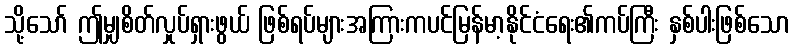
သို့သော် ဤမျှစိတ်လှုပ်ရှားဖွယ် ဖြစ်ရပ်များအကြားကပင်မြန်မာ့နိုင်ငံရေး၏ကပ်ကြီး နှစ်ပါးဖြစ်သော